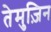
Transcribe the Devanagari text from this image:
तेमुज़िन